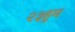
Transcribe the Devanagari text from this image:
२३हूम